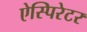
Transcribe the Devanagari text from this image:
ऐस्पिरेटर